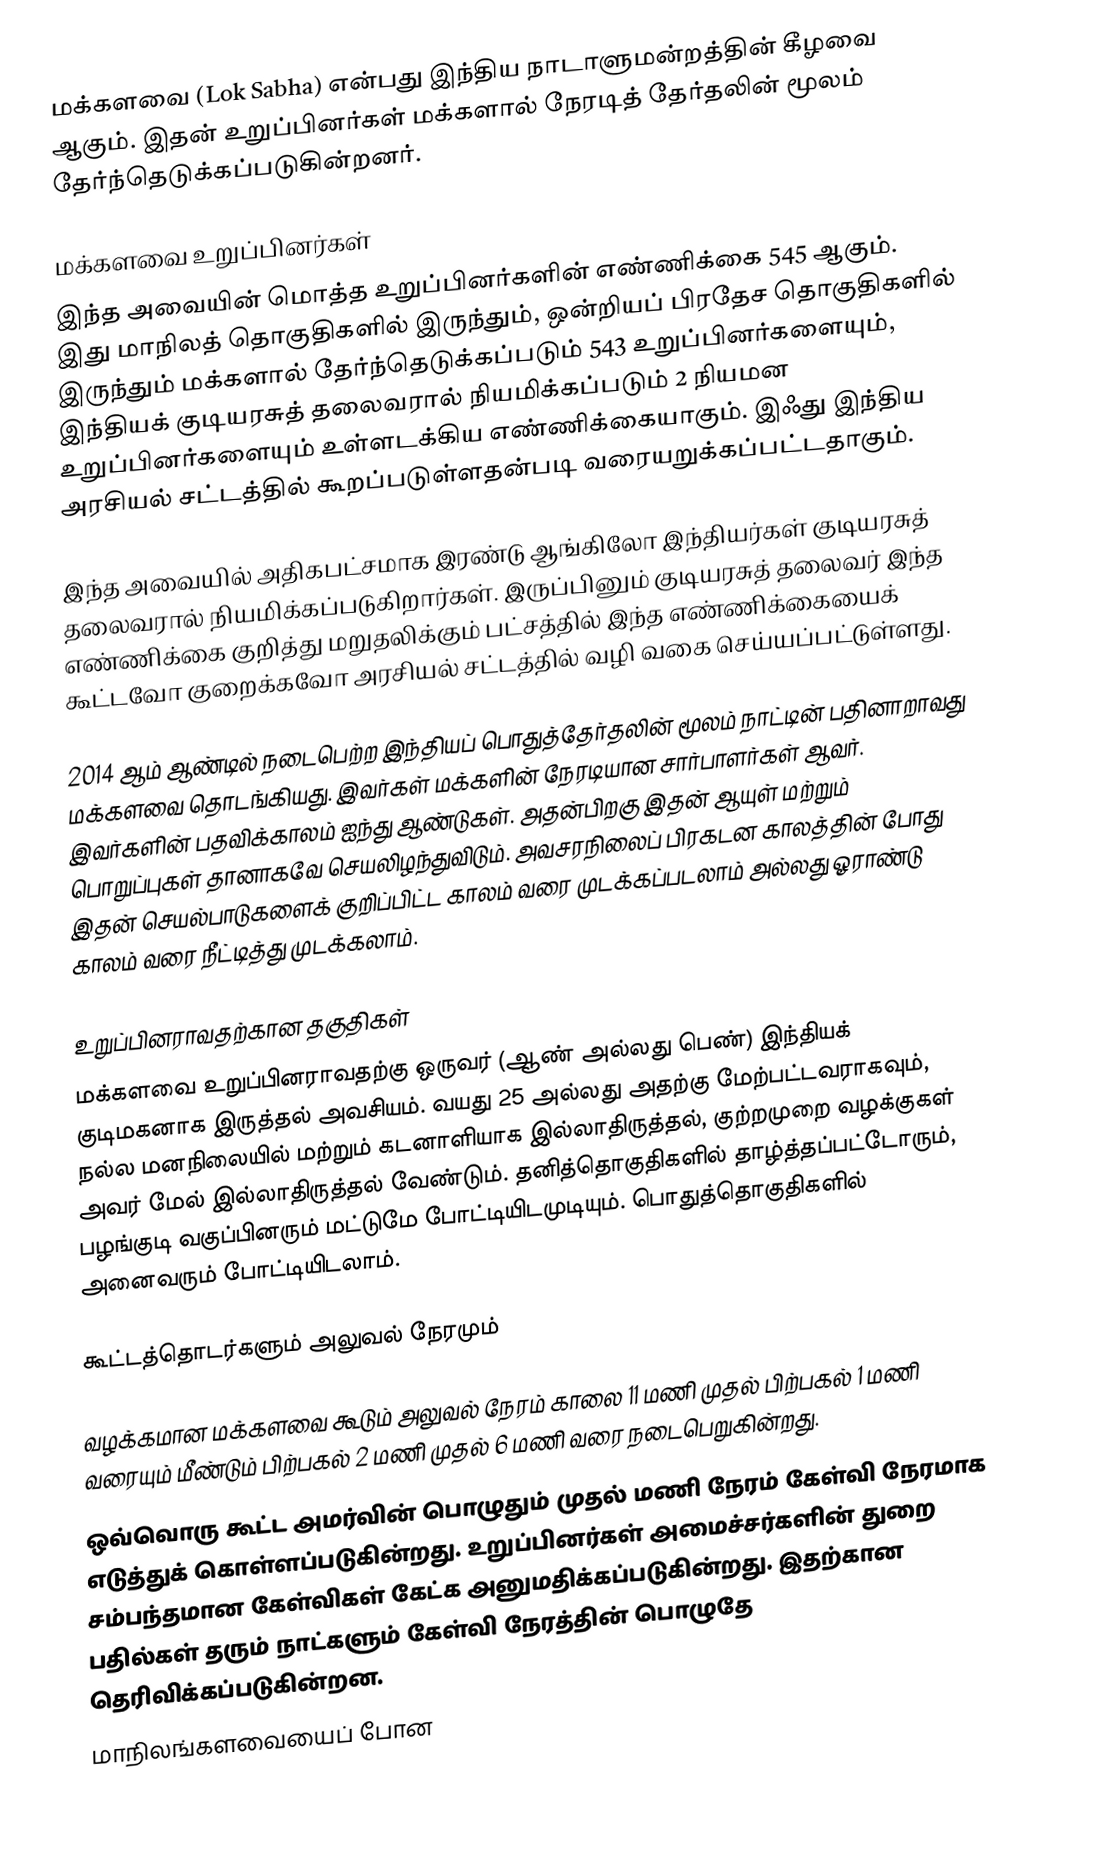
மக்களவை (Lok Sabha) என்பது  இந்திய நாடாளுமன்றத்தின் கீழவை ஆகும். இதன் உறுப்பினர்கள் மக்களால் நேரடித் தேர்தலின் மூலம் தேர்ந்தெடுக்கப்படுகின்றனர்.

மக்களவை உறுப்பினர்கள்
இந்த அவையின் மொத்த உறுப்பினர்களின் எண்ணிக்கை 545 ஆகும். இது மாநிலத் தொகுதிகளில் இருந்தும், ஒன்றியப் பிரதேச தொகுதிகளில் இருந்தும் மக்களால் தேர்ந்தெடுக்கப்படும் 543 உறுப்பினர்களையும், இந்தியக் குடியரசுத் தலைவரால் நியமிக்கப்படும் 2 நியமன உறுப்பினர்களையும் உள்ளடக்கிய எண்ணிக்கையாகும். இஃது இந்திய அரசியல் சட்டத்தில் கூறப்படுள்ளதன்படி வரையறுக்கப்பட்டதாகும்.

இந்த அவையில் அதிகபட்சமாக இரண்டு ஆங்கிலோ இந்தியர்கள் குடியரசுத் தலைவரால் நியமிக்கப்படுகிறார்கள். இருப்பினும் குடியரசுத் தலைவர் இந்த எண்ணிக்கை குறித்து மறுதலிக்கும் பட்சத்தில் இந்த எண்ணிக்கையைக் கூட்டவோ குறைக்கவோ அரசியல் சட்டத்தில் வழி வகை செய்யப்பட்டுள்ளது.

2014 ஆம் ஆண்டில் நடைபெற்ற இந்தியப் பொதுத்தேர்தலின் மூலம் நாட்டின் பதினாறாவது மக்களவை தொடங்கியது. இவர்கள் மக்களின் நேரடியான சார்பாளர்கள் ஆவர். இவர்களின் பதவிக்காலம் ஐந்து ஆண்டுகள். அதன்பிறகு இதன் ஆயுள் மற்றும் பொறுப்புகள் தானாகவே செயலிழந்துவிடும். அவசரநிலைப் பிரகடன காலத்தின் போது இதன் செயல்பாடுகளைக் குறிப்பிட்ட காலம் வரை முடக்கப்படலாம் அல்லது ஓராண்டு காலம் வரை நீட்டித்து முடக்கலாம்.

உறுப்பினராவதற்கான தகுதிகள்
மக்களவை உறுப்பினராவதற்கு ஒருவர் (ஆண் அல்லது பெண்) இந்தியக் குடிமகனாக இருத்தல் அவசியம். வயது 25 அல்லது அதற்கு மேற்பட்டவராகவும், நல்ல மனநிலையில் மற்றும் கடனாளியாக இல்லாதிருத்தல், குற்றமுறை வழக்குகள் அவர் மேல் இல்லாதிருத்தல் வேண்டும். தனித்தொகுதிகளில் தாழ்த்தப்பட்டோரும், பழங்குடி வகுப்பினரும் மட்டுமே போட்டியிடமுடியும். பொதுத்தொகுதிகளில் அனைவரும் போட்டியிடலாம்.

கூட்டத்தொடர்களும் அலுவல் நேரமும்

 வழக்கமான மக்களவை கூடும் அலுவல் நேரம் காலை 11 மணி முதல் பிற்பகல் 1 மணி வரையும் மீண்டும் பிற்பகல் 2 மணி முதல் 6 மணி வரை நடைபெறுகின்றது.
 ஒவ்வொரு கூட்ட அமர்வின் பொழுதும் முதல் மணி நேரம் கேள்வி நேரமாக எடுத்துக் கொள்ளப்படுகின்றது. உறுப்பினர்கள் அமைச்சர்களின் துறை சம்பந்தமான கேள்விகள் கேட்க அனுமதிக்கப்படுகின்றது. இதற்கான பதில்கள் தரும் நாட்களும் கேள்வி நேரத்தின் பொழுதே தெரிவிக்கப்படுகின்றன.
 மாநிலங்களவையைப் போன